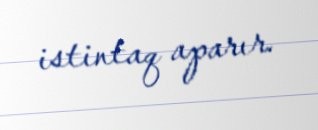
istintaq aparır.